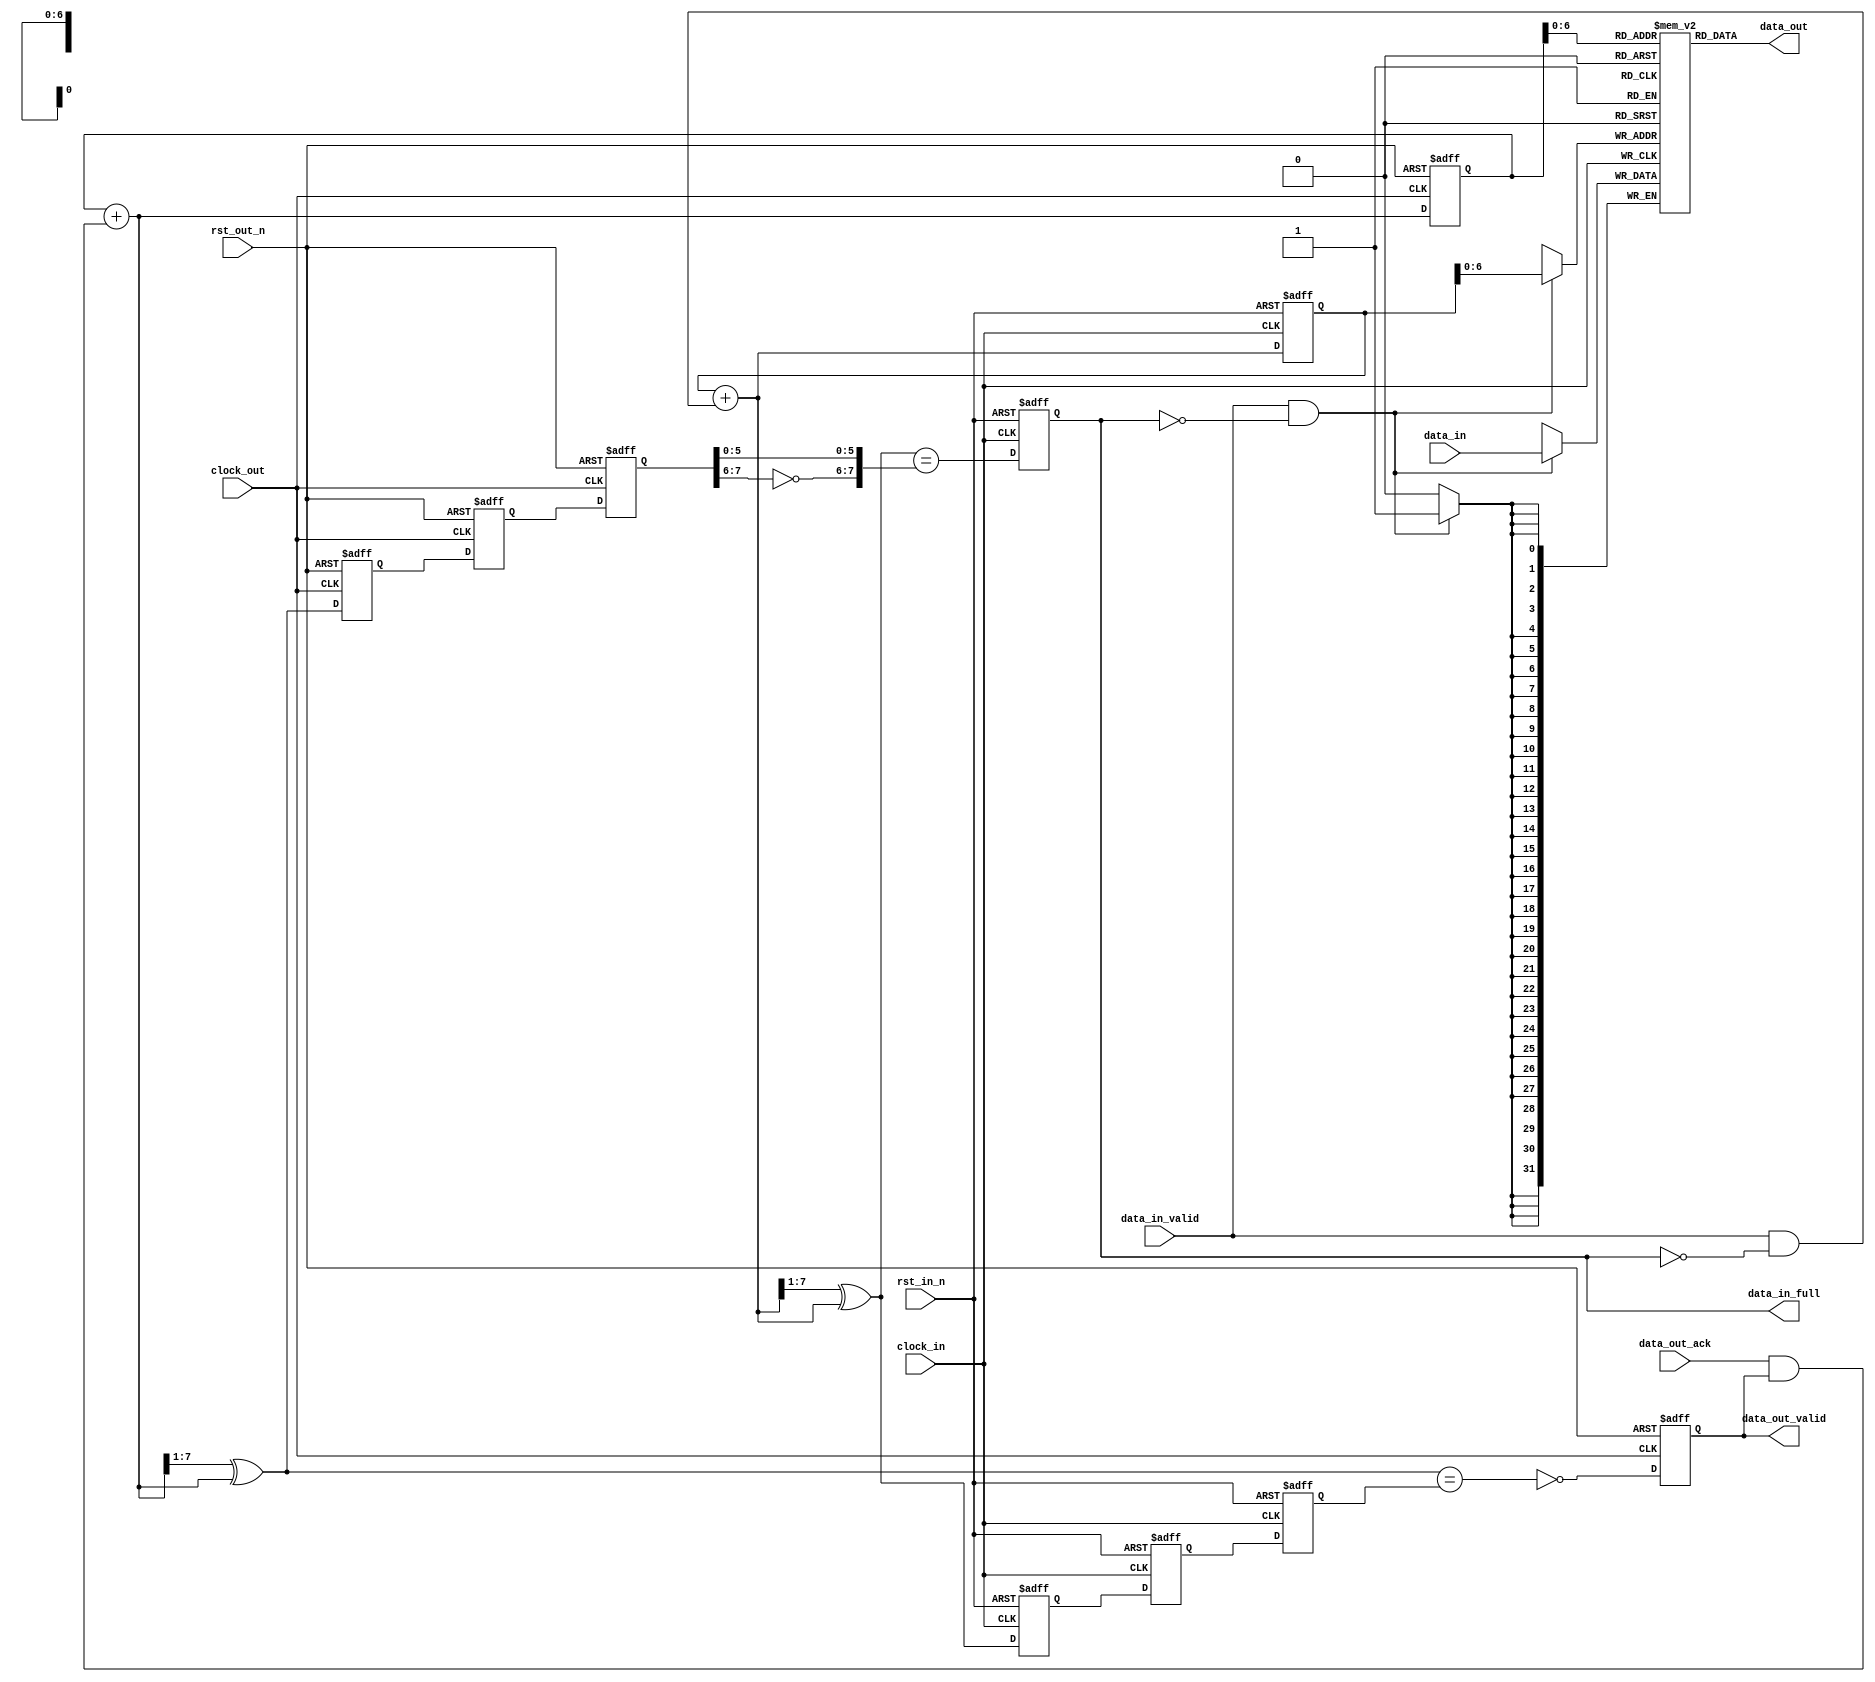
module fifo #(parameter 
                BUFFER_SIZE = 128,                
                DATA_WIDTH = 32,    
                ADDRESS_WIDTH = clogb2(BUFFER_SIZE) - 1
             )
    (
    // ----------------------------------------------------------------------------------
    // Data in interface
    // -------------------------z---------------------------------------------------------
    input  wire rst_in_n,
    input  wire clock_in,
    input  wire [DATA_WIDTH-1:0] data_in,
    input  wire data_in_valid,
    output reg  data_in_full,

    // ----------------------------------------------------------------------------------
    // Data out interface
    // ----------------------------------------------------------------------------------
    input  wire rst_out_n,
    input  wire clock_out,
    output wire [DATA_WIDTH-1:0] data_out,
    output reg  data_out_valid,
    input  wire data_out_ack
    );

    // ----------------------------------------------------------------------------------
    // Functions
    // ----------------------------------------------------------------------------------
    // ceil log_2
    function integer clogb2;
        input integer depth;
              for (clogb2=0; depth>0; clogb2=clogb2+1)
                    depth = depth >> 1;
    endfunction

    // ----------------------------------------------------------------------------------
    // Memory interface and logic
    // Low latency version(no output register)
    // See XilinxSimpleDualPort1ClockBlockRamExample.v for detailed documentation
    // ----------------------------------------------------------------------------------
    /* FROM VHDL EXAMPLE:
    -- Note :
    -- If the chosen width and depth values are low, Synthesis will infer Distributed RAM.
    -- C_RAM_DEPTH should be a power of 2
    TODO: Check if applicable for verilog version*/ 
    reg [DATA_WIDTH-1:0] Buffer[BUFFER_SIZE-1:0];

    // Initialize memory values to all zeros
    generate 
        integer ram_index;
        initial
            for(ram_index = 0; ram_index < BUFFER_SIZE; ram_index = ram_index + 1)
                Buffer[ram_index] = {DATA_WIDTH{1'b0}};
    endgenerate

    // Conditional sampling of data_in
    always @(posedge clock_in) begin
        if (data_in_valid && !data_in_full)
            Buffer[BufferWriteAddress] <= data_in;
    end

    // data_out must only be sampled when data_out_valid is asserted
    assign data_out = Buffer[BufferReadAddress];

    // MSB used for checking fifo full condition
    // Remainder is actuall Buffer address
    reg  [ADDRESS_WIDTH:0]   ExtendedBufferWriteAddress, ExtendedBufferReadAddress; 

    // Used for addressing memory
    wire [ADDRESS_WIDTH-1:0] BufferWriteAddress, BufferReadAddress;       

    // Binary coded (ADDRESS_WIDTH) bit memory next address
    wire [ADDRESS_WIDTH:0]   WriteNextAddress, ReadNextAddress; 

    // Gray coded Pointers for generating full/empty signals
    reg  [ADDRESS_WIDTH:0]   WriteGrayPointer, ReadGrayPointer;

    // Gray coded Next Pointers for syncronizing across clock domains
    wire [ADDRESS_WIDTH:0]   WriteGrayNextPointer, ReadGrayNextPointer;

    // Gray coded pointers for synchronizing accross clock domains
    // 2 registers used to avoid metastability
    reg [ADDRESS_WIDTH:0]    WriteGrayPointer2Read1, ReadGrayPointer2Write1;
    reg [ADDRESS_WIDTH:0]    WriteGrayPointer2Read2, ReadGrayPointer2Write2;

    // Wires to signal fifo status
    wire DataInFull, DataOutEmpty;

    // ----------------------------------------------------------------------------------
    // Write side logic
    // ----------------------------------------------------------------------------------
    // Check full condition
    assign DataInFull           = (WriteGrayNextPointer ==
                                 {~ReadGrayPointer2Write2[ADDRESS_WIDTH:ADDRESS_WIDTH-1],
                                   ReadGrayPointer2Write2[ADDRESS_WIDTH-2:0]});
    // Remove MSB before memory indexing
    assign BufferWriteAddress   = ExtendedBufferWriteAddress[ADDRESS_WIDTH-1:0];
    // Increase Write address if conditions are met
    assign WriteNextAddress     = ExtendedBufferWriteAddress + 
                                 (data_in_valid & ~data_in_full);
    // Binary to Gray code conversion
    assign WriteGrayNextPointer = (WriteNextAddress>>1) ^ WriteNextAddress;

    always @(posedge clock_in or negedge rst_in_n) begin
        if (!rst_in_n) begin
            data_in_full               <= 0;
            ExtendedBufferWriteAddress <= 0;
            WriteGrayPointer           <= 0;
            WriteGrayPointer2Read1     <= 0;
            WriteGrayPointer2Read2     <= 0;
        end
        else begin
            // Update data in full register
            data_in_full               <= DataInFull;
            // Update Write adress register
            ExtendedBufferWriteAddress <= WriteNextAddress;
            // Update current Gray code writepointer
            WriteGrayPointer           <= WriteGrayNextPointer;
            // Send previous Gray code writepointer to Read side logic
            WriteGrayPointer2Read1     <= WriteGrayPointer;
            WriteGrayPointer2Read2     <= WriteGrayPointer2Read1;
        end
    end

    // ----------------------------------------------------------------------------------
    // Read side logic
    // ----------------------------------------------------------------------------------
    // Check empty condition
    assign DataOutEmpty        = (ReadGrayNextPointer==WriteGrayPointer2Read2);
    // Remove MSB before memory indexing
    assign BufferReadAddress   = ExtendedBufferReadAddress[ADDRESS_WIDTH-1:0];
    // Increase Read address if conditions are met
    assign ReadNextAddress     = ExtendedBufferReadAddress + (data_out_ack & data_out_valid);
    // Binary to Gray code conversion
    assign ReadGrayNextPointer = (ReadNextAddress>>1) ^ ReadNextAddress;

    always @(posedge clock_out or negedge rst_out_n) begin
        if (!rst_out_n) begin
            data_out_valid            <= 0;
            ExtendedBufferReadAddress <= 0;
            ReadGrayPointer           <= 0;
            ReadGrayPointer2Write1    <= 0;
            ReadGrayPointer2Write2    <= 0;
        end
        else begin
            // Update data out valid register
            data_out_valid            <= !DataOutEmpty;
            // Update Read adress register
            ExtendedBufferReadAddress <= ReadNextAddress;
            // Update current Gray code readpointer
            ReadGrayPointer           <= ReadGrayNextPointer;
            // Send previous Gray code readpointer to Write side logic
            ReadGrayPointer2Write1    <= ReadGrayPointer;
            ReadGrayPointer2Write2    <= ReadGrayPointer2Write1;
        end
    end
endmodule